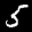
Label: 5